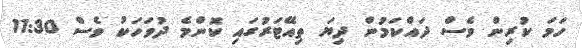
ހަމަ ކުރިން ވެސް ދައްކަމުން ދިޔަ ތިއޭޓަރުގައި ކޮންމެ ދުވަހަކު ވެސް 11:30